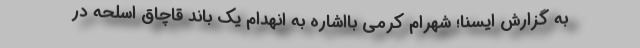
به گزارش ایسنا؛ شهرام کرمی بااشاره به انهدام یک باند قاچاق اسلحه در